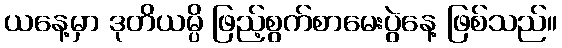
ယနေ့မှာ ဒုတိယမ္ပိ ဖြည့်စွက်စာမေးပွဲနေ့ ဖြစ်သည်။